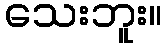
သေးဘူး။